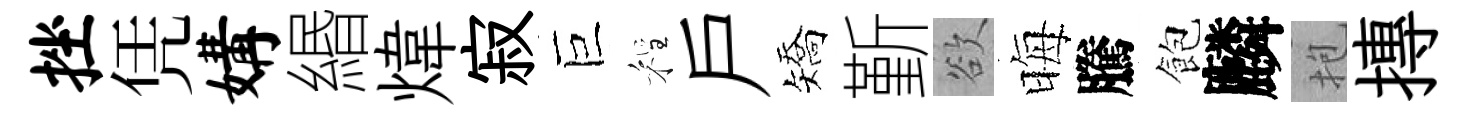
挫凭媾緡煒寂巨程戸矯斳欲晦騰飽麟抱摶